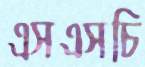
এসএসচি